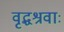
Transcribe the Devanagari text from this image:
वृद्धश्रवाः